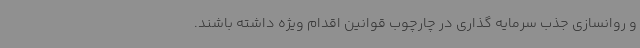
و روانسازی جذب سرمایه گذاری در چارچوب قوانین اقدام ویژه داشته باشند.